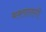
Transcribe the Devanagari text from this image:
भक्‍तालागी